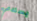
يستدعي